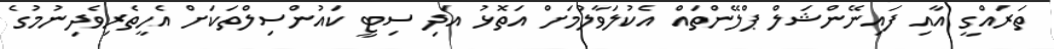
ތަރައްގީ އާއި ފައިނޭންޝަލް ޕްލޭންތައް އެކުލަވާލުމަށް އަތޮޅު އަދި ސިޓީ ކައުންސިލްތަކަށް އެހީތެރިވެދިނުމުގެ